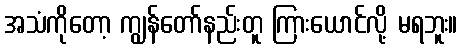
အသံကိုတော့ ကျွန်တော်နည်းတူ ကြားယောင်လို့ မရဘူး။